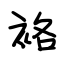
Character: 袼